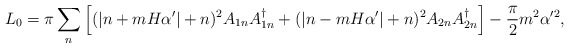
\begin{align*}L_0=\pi\sum_n \left[ (|n+mH\alpha'|+n)^2 A_{1n}A_{1n}^\dagger+(|n-mH\alpha'|+n)^2 A_{2n}A_{2n}^\dagger\right] -\frac{\pi}{2}m^2\alpha'^2,\end{align*}